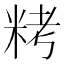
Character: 𥹬